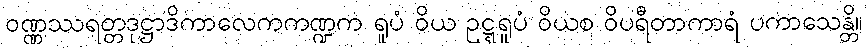
ဝဏ္ဏဿရတ္တဒုဋ္ဌာဒိကာလေကကဏ္ဍက ရူပံ ဝိယ ဥဋ္ဋရူပံ ဝိယစ ဝိပရီတာကာရံ ပကာသေန္တိ။